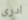
ادرى